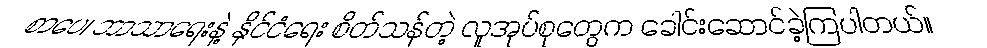
စာပေ၊ ဘာသာရေးနဲ့ နိုင်ငံရေး စိတ်သန်တဲ့ လူအုပ်စုတွေက ခေါင်းဆောင်ခဲ့ကြပါတယ်။